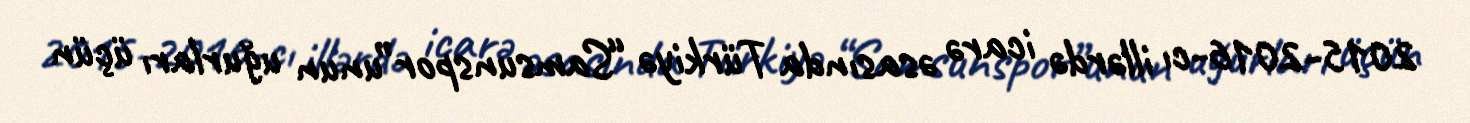
2015-2016-cı illərdə icarə əsasında Türkiyə “Samsunspor”unun uğurları üçün